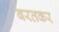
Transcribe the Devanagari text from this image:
बरतकर